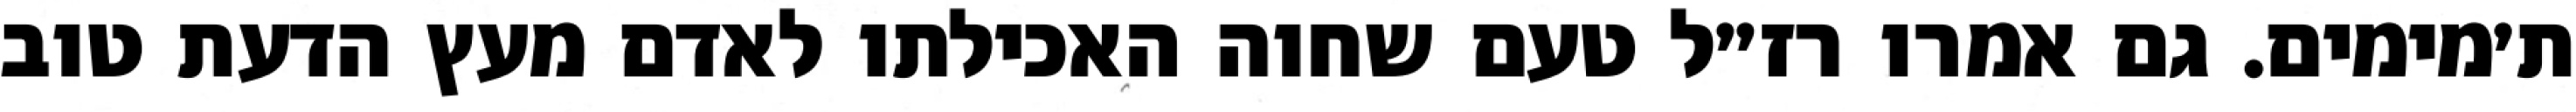
ת׳מימים. גם אמרו רז״ל טעם שחוה האכילתו לאדם מעץ הדעת טוב